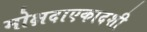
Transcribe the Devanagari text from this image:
मोक्षदाएकादशी